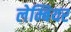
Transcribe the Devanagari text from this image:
लेम्बियर